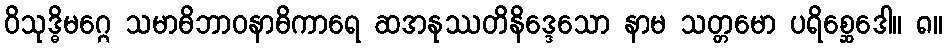
ဝိသုဒ္ဓိမဂ္ဂေ သမာဓိဘာဝနာဓိကာရေ ဆအနုဿတိနိဒ္ဒေသော နာမ သတ္တမော ပရိစ္ဆေဒေါ။ ၈။